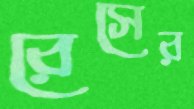
রেসের